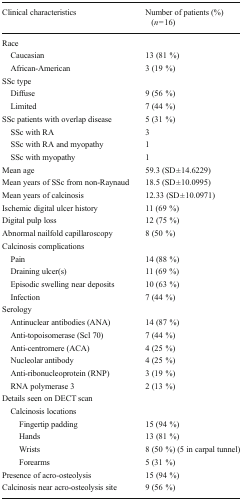
<table><thead><tr><td><b>Clinical characteristics</b></td><td><b>Number of patients (%) (<i>n</i> = 16)</b></td></tr></thead><tbody><tr><td colspan="2">Race</td></tr><tr><td> Caucasian</td><td>13 (81 %)</td></tr><tr><td> African-American</td><td>3 (19 %)</td></tr><tr><td colspan="2">SSc type</td></tr><tr><td> Diffuse</td><td>9 (56 %)</td></tr><tr><td> Limited</td><td>7 (44 %)</td></tr><tr><td>SSc patients with overlap disease</td><td>5 (31 %)</td></tr><tr><td> SSc with RA</td><td>3</td></tr><tr><td> SSc with RA and myopathy</td><td>1</td></tr><tr><td> SSc with myopathy</td><td>1</td></tr><tr><td>Mean age</td><td>59.3 (SD ± 14.6229)</td></tr><tr><td>Mean years of SSc from non-Raynaud</td><td>18.5 (SD ± 10.0995)</td></tr><tr><td>Mean years of calcinosis</td><td>12.33 (SD ± 10.0971)</td></tr><tr><td>Ischemic digital ulcer history</td><td>11 (69 %)</td></tr><tr><td>Digital pulp loss</td><td>12 (75 %)</td></tr><tr><td>Abnormal nailfold capillaroscopy</td><td>8 (50 %)</td></tr><tr><td colspan="2">Calcinosis complications</td></tr><tr><td> Pain</td><td>14 (88 %)</td></tr><tr><td> Draining ulcer(s)</td><td>11 (69 %)</td></tr><tr><td> Episodic swelling near deposits</td><td>10 (63 %)</td></tr><tr><td> Infection</td><td>7 (44 %)</td></tr><tr><td colspan="2">Serology</td></tr><tr><td> Antinuclear antibodies (ANA)</td><td>14 (87 %)</td></tr><tr><td> Anti-topoisomerase (Scl 70)</td><td>7 (44 %)</td></tr><tr><td> Anti-centromere (ACA)</td><td>4 (25 %)</td></tr><tr><td> Nucleolar antibody</td><td>4 (25 %)</td></tr><tr><td> Anti-ribonucleoprotein (RNP)</td><td>3 (19 %)</td></tr><tr><td> RNA polymerase 3</td><td>2 (13 %)</td></tr><tr><td colspan="2">Details seen on DECT scan</td></tr><tr><td colspan="2"> Calcinosis locations</td></tr><tr><td>Fingertip padding</td><td>15 (94 %)</td></tr><tr><td>Hands</td><td>13 (81 %)</td></tr><tr><td>Wrists</td><td>8 (50 %) (5 in carpal tunnel)</td></tr><tr><td>Forearms</td><td>5 (31 %)</td></tr><tr><td>Presence of acro-osteolysis</td><td>15 (94 %)</td></tr><tr><td>Calcinosis near acro-osteolysis site</td><td>9 (56 %)</td></tr></tbody></table>